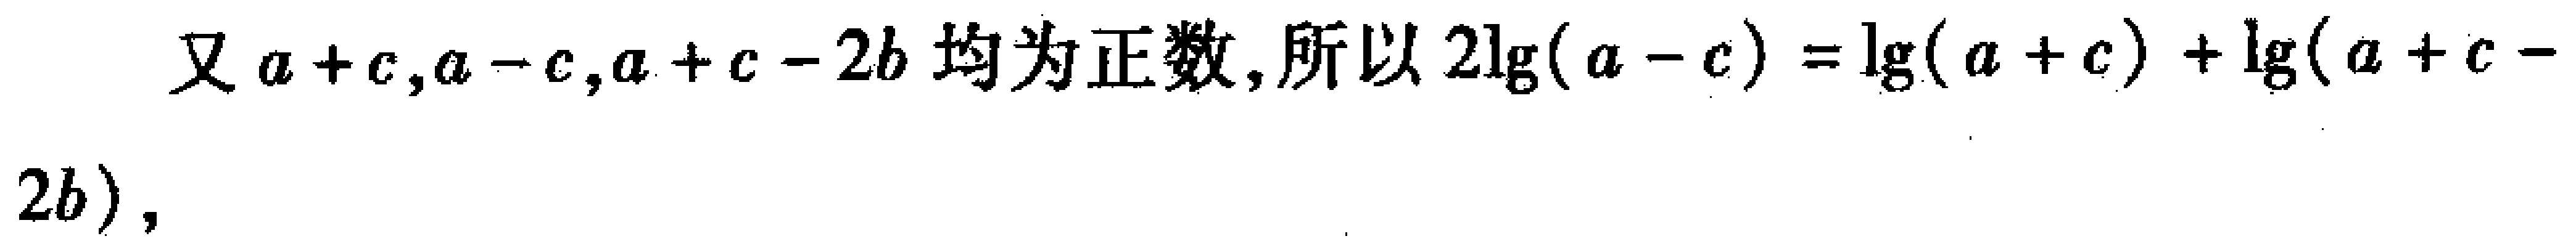
又 \(a + c,a - c,a + c - 2b\) 均为正数,所以 \(2\lg(a - c)=\lg(a + c)+\lg(a + c - 2b)\)，